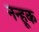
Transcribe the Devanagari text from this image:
नन्हूक